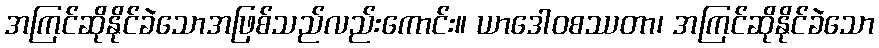
အကြင်ဆိုနိုင်ခဲသောအဖြစ်သည်လည်းကောင်း။ ယာဒေါဝစဿတာ၊ အကြင်ဆိုနိုင်ခဲသော